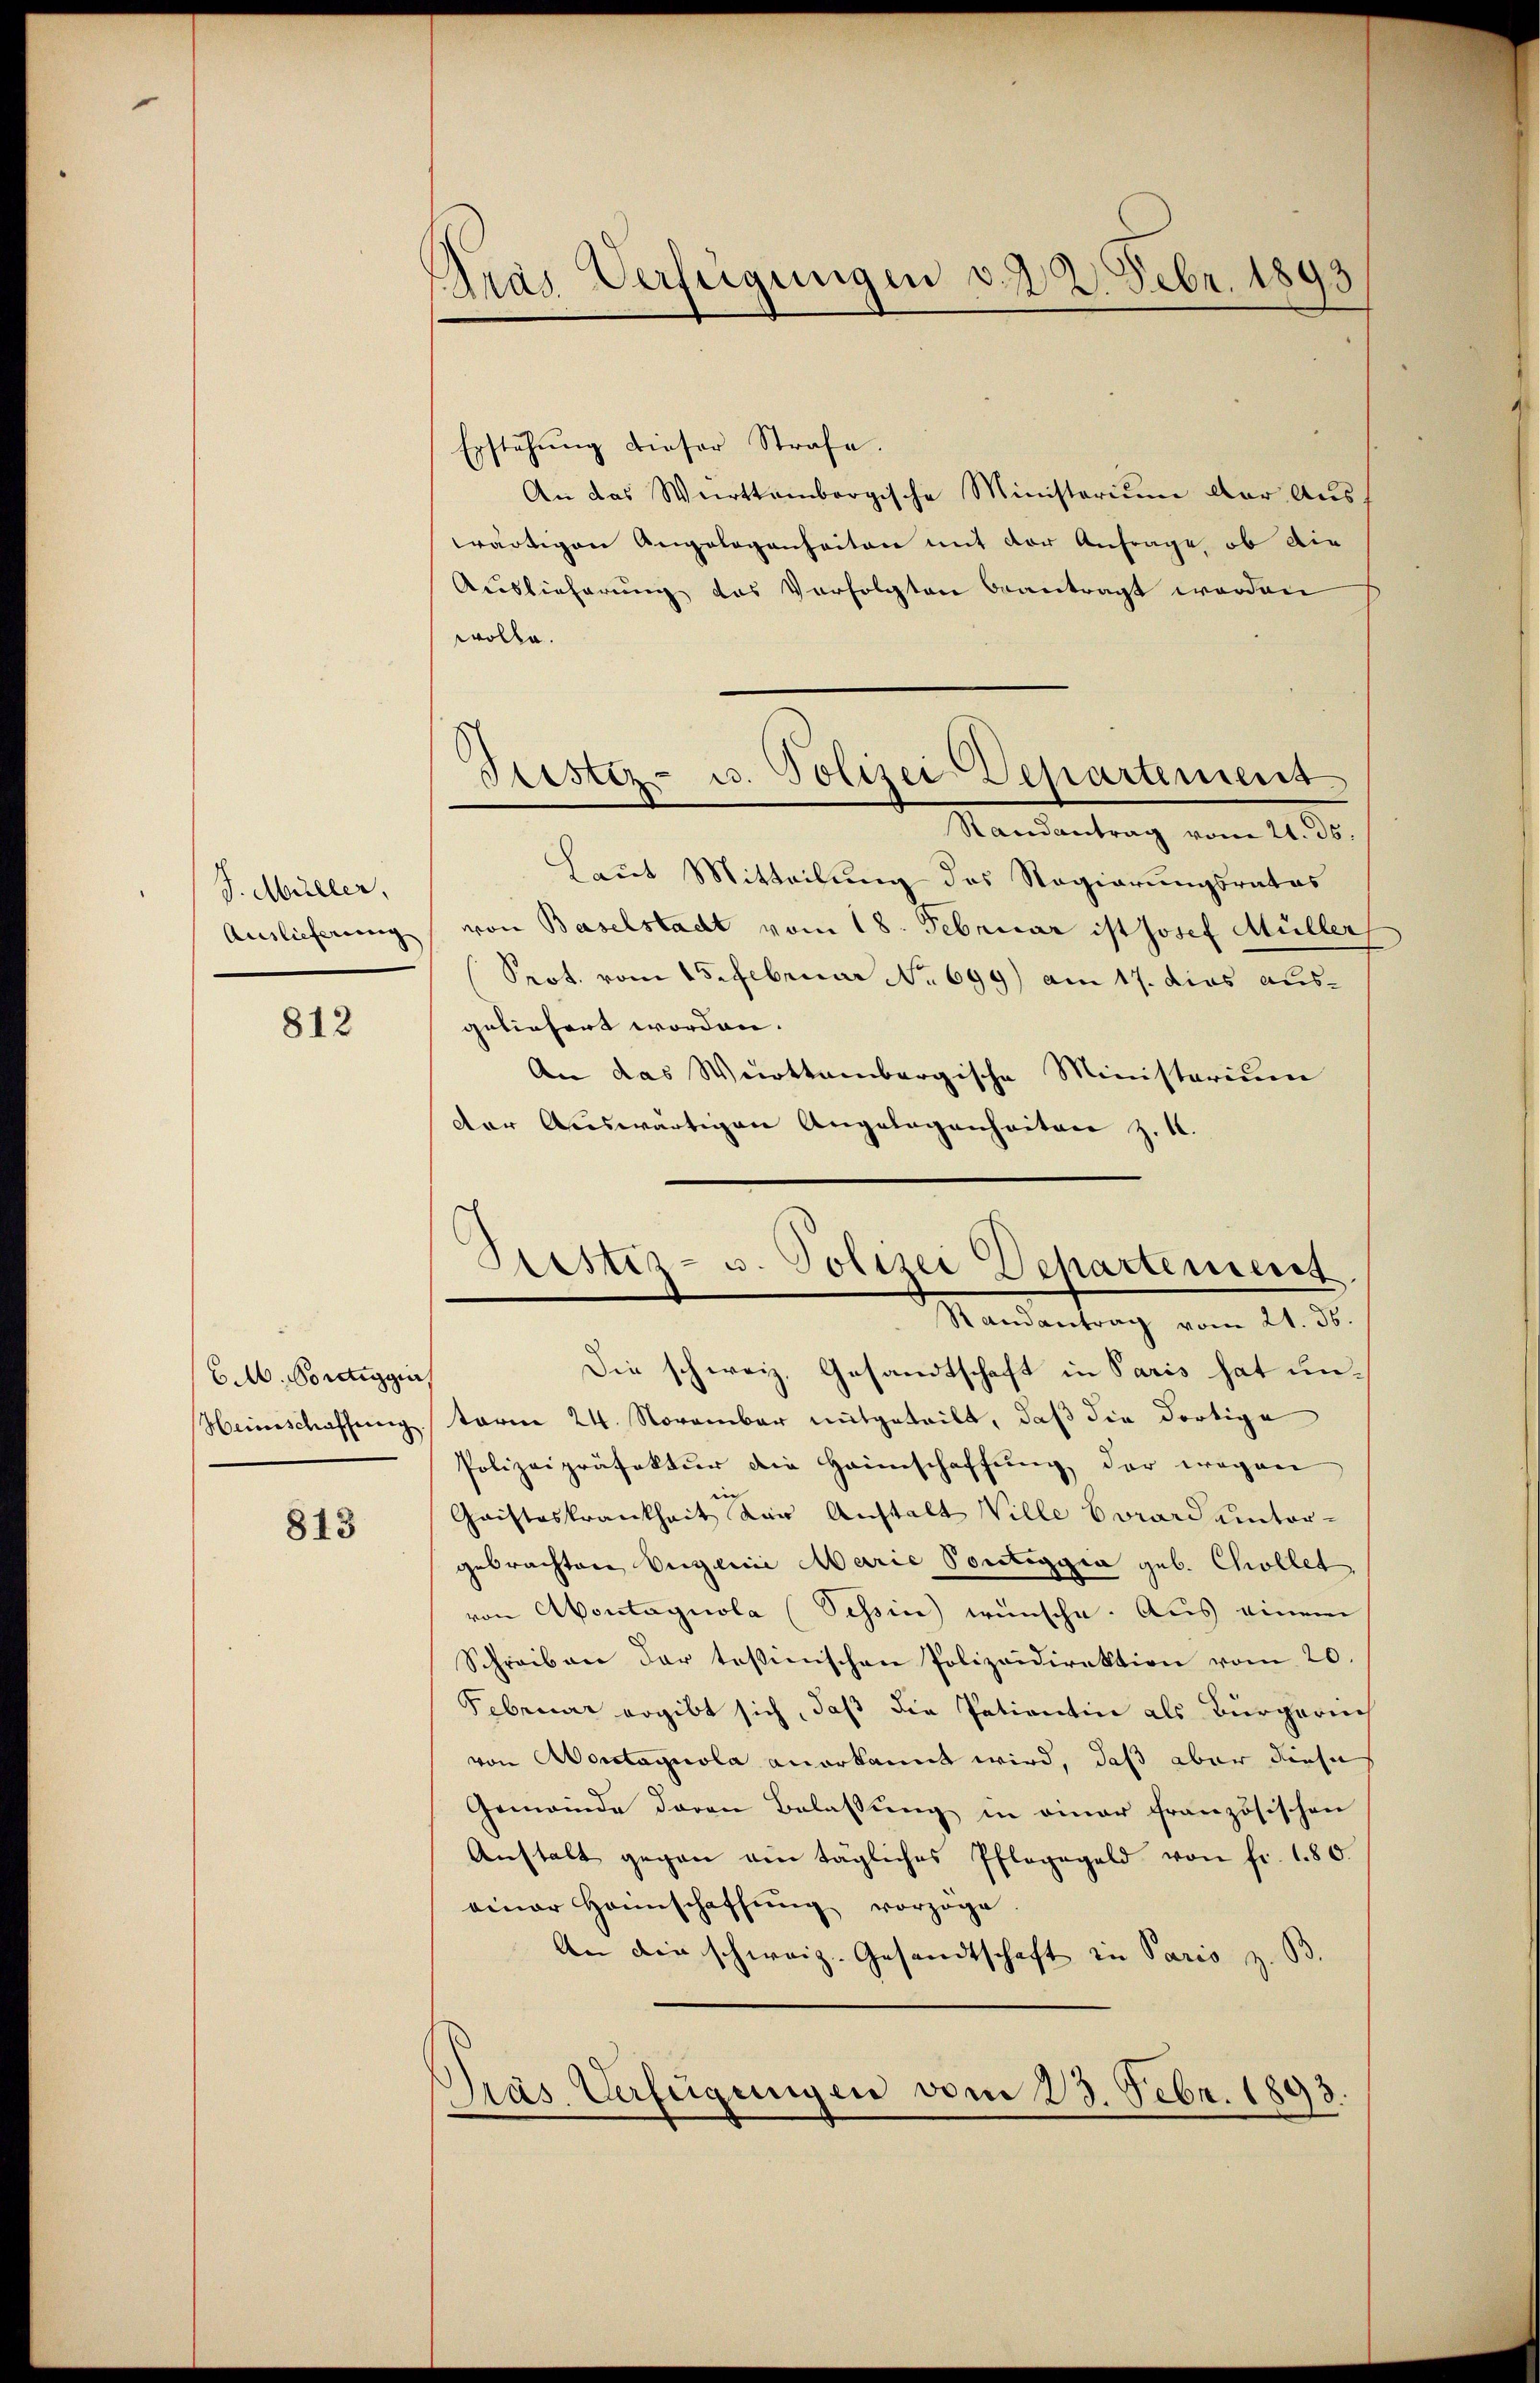
J. Müller,
Auslieferung

812

C.M. Portigger,
Heinschaffung.

813

Aras Verfügungen v. d. 2. Febr. 1893

Sistiz- u. Polizei Departement

Erstehŭng dieser Strafe.
An das Werttembergische Ministerium der Aŭs-
wärtigen Angelegenheiten mit der Anfrage, ob die
Auslieferung des Verfolgten beantragt werden
wolle.
Randantrag vom 21. ds.
Laut Mitteilung des Regierungsrates
von Baselstadt vom 18. Februar ist Josef Müller,
Prot. vom 15. Februar No 699) am 17. dies ausgeliefert worden.
An das Württembergische Ministerium
der Auswärtigen Angelegenheiten z. 1.
Die schweiz. Gesandtschaft in Paris hat untorne 24. November mitgeteilt, daß die dortige
Polizeipräfektur die Heimschaffung der wegen
Gaisteskrankheit der Anstalt Wille Vorard untergebrachten Eigenie Marie Pontiggia geb. Chollet,
von Abontagnola (Tessin wünsche. Aus einem
Schreiben der testinischen Polizeidirektion vom 20.
Februar ergibt sich, daß die Patientin als Bürgerin
von Moritagnola anerkannt wird, daß aber diese
Gemeinde davon Belassŭng in einer französischen
Anstalt gegen ein tägliches Pfleggeld von fr. 180.
einer Heinschaffŭng vorzoge
An die schweiz. Gesandtschaft in Paris z. B.
Pras Verfügungen vom 23. Febr. 1893.

Sistiz- u. Polizei Departement
Randantrag vom 21. ds.